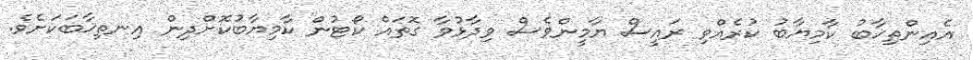
އެއިންތިޚާބު ކާމިޔާބު ކުރެއްވި ރައީސް ޔާމީންވެސް ވިދާޅުވާ ގޮތައް ކޯޓުން ކާމިޔާބުކޮށްދިން އިނތިޚާބަކަށެވެ.